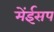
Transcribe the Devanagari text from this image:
मेंईसप